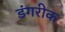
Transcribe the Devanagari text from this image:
डंगरीक